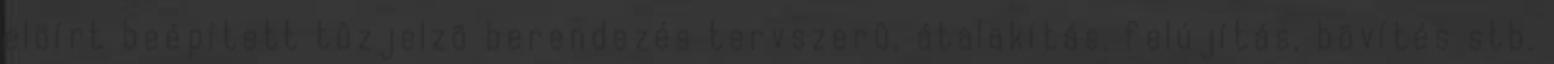
elõírt beépített tûzjelzõ berendezés tervszerû, átalakítás, felújítás, bõvítés stb.